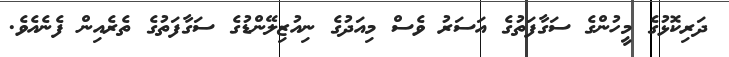
ދަރިކޮޅުގެ މީހުންގެ ސަގާފަތުގެ އަސަރު ވެސް މިއަދުގެ ނިއުޒިލޭންޑުގެ ސަގާފަތުގެ ތެރެއިން ފެނެއެވެ.